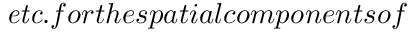
{ \it e t c . } f o r t h e s p a t i a l c o m p o n e n t s o f